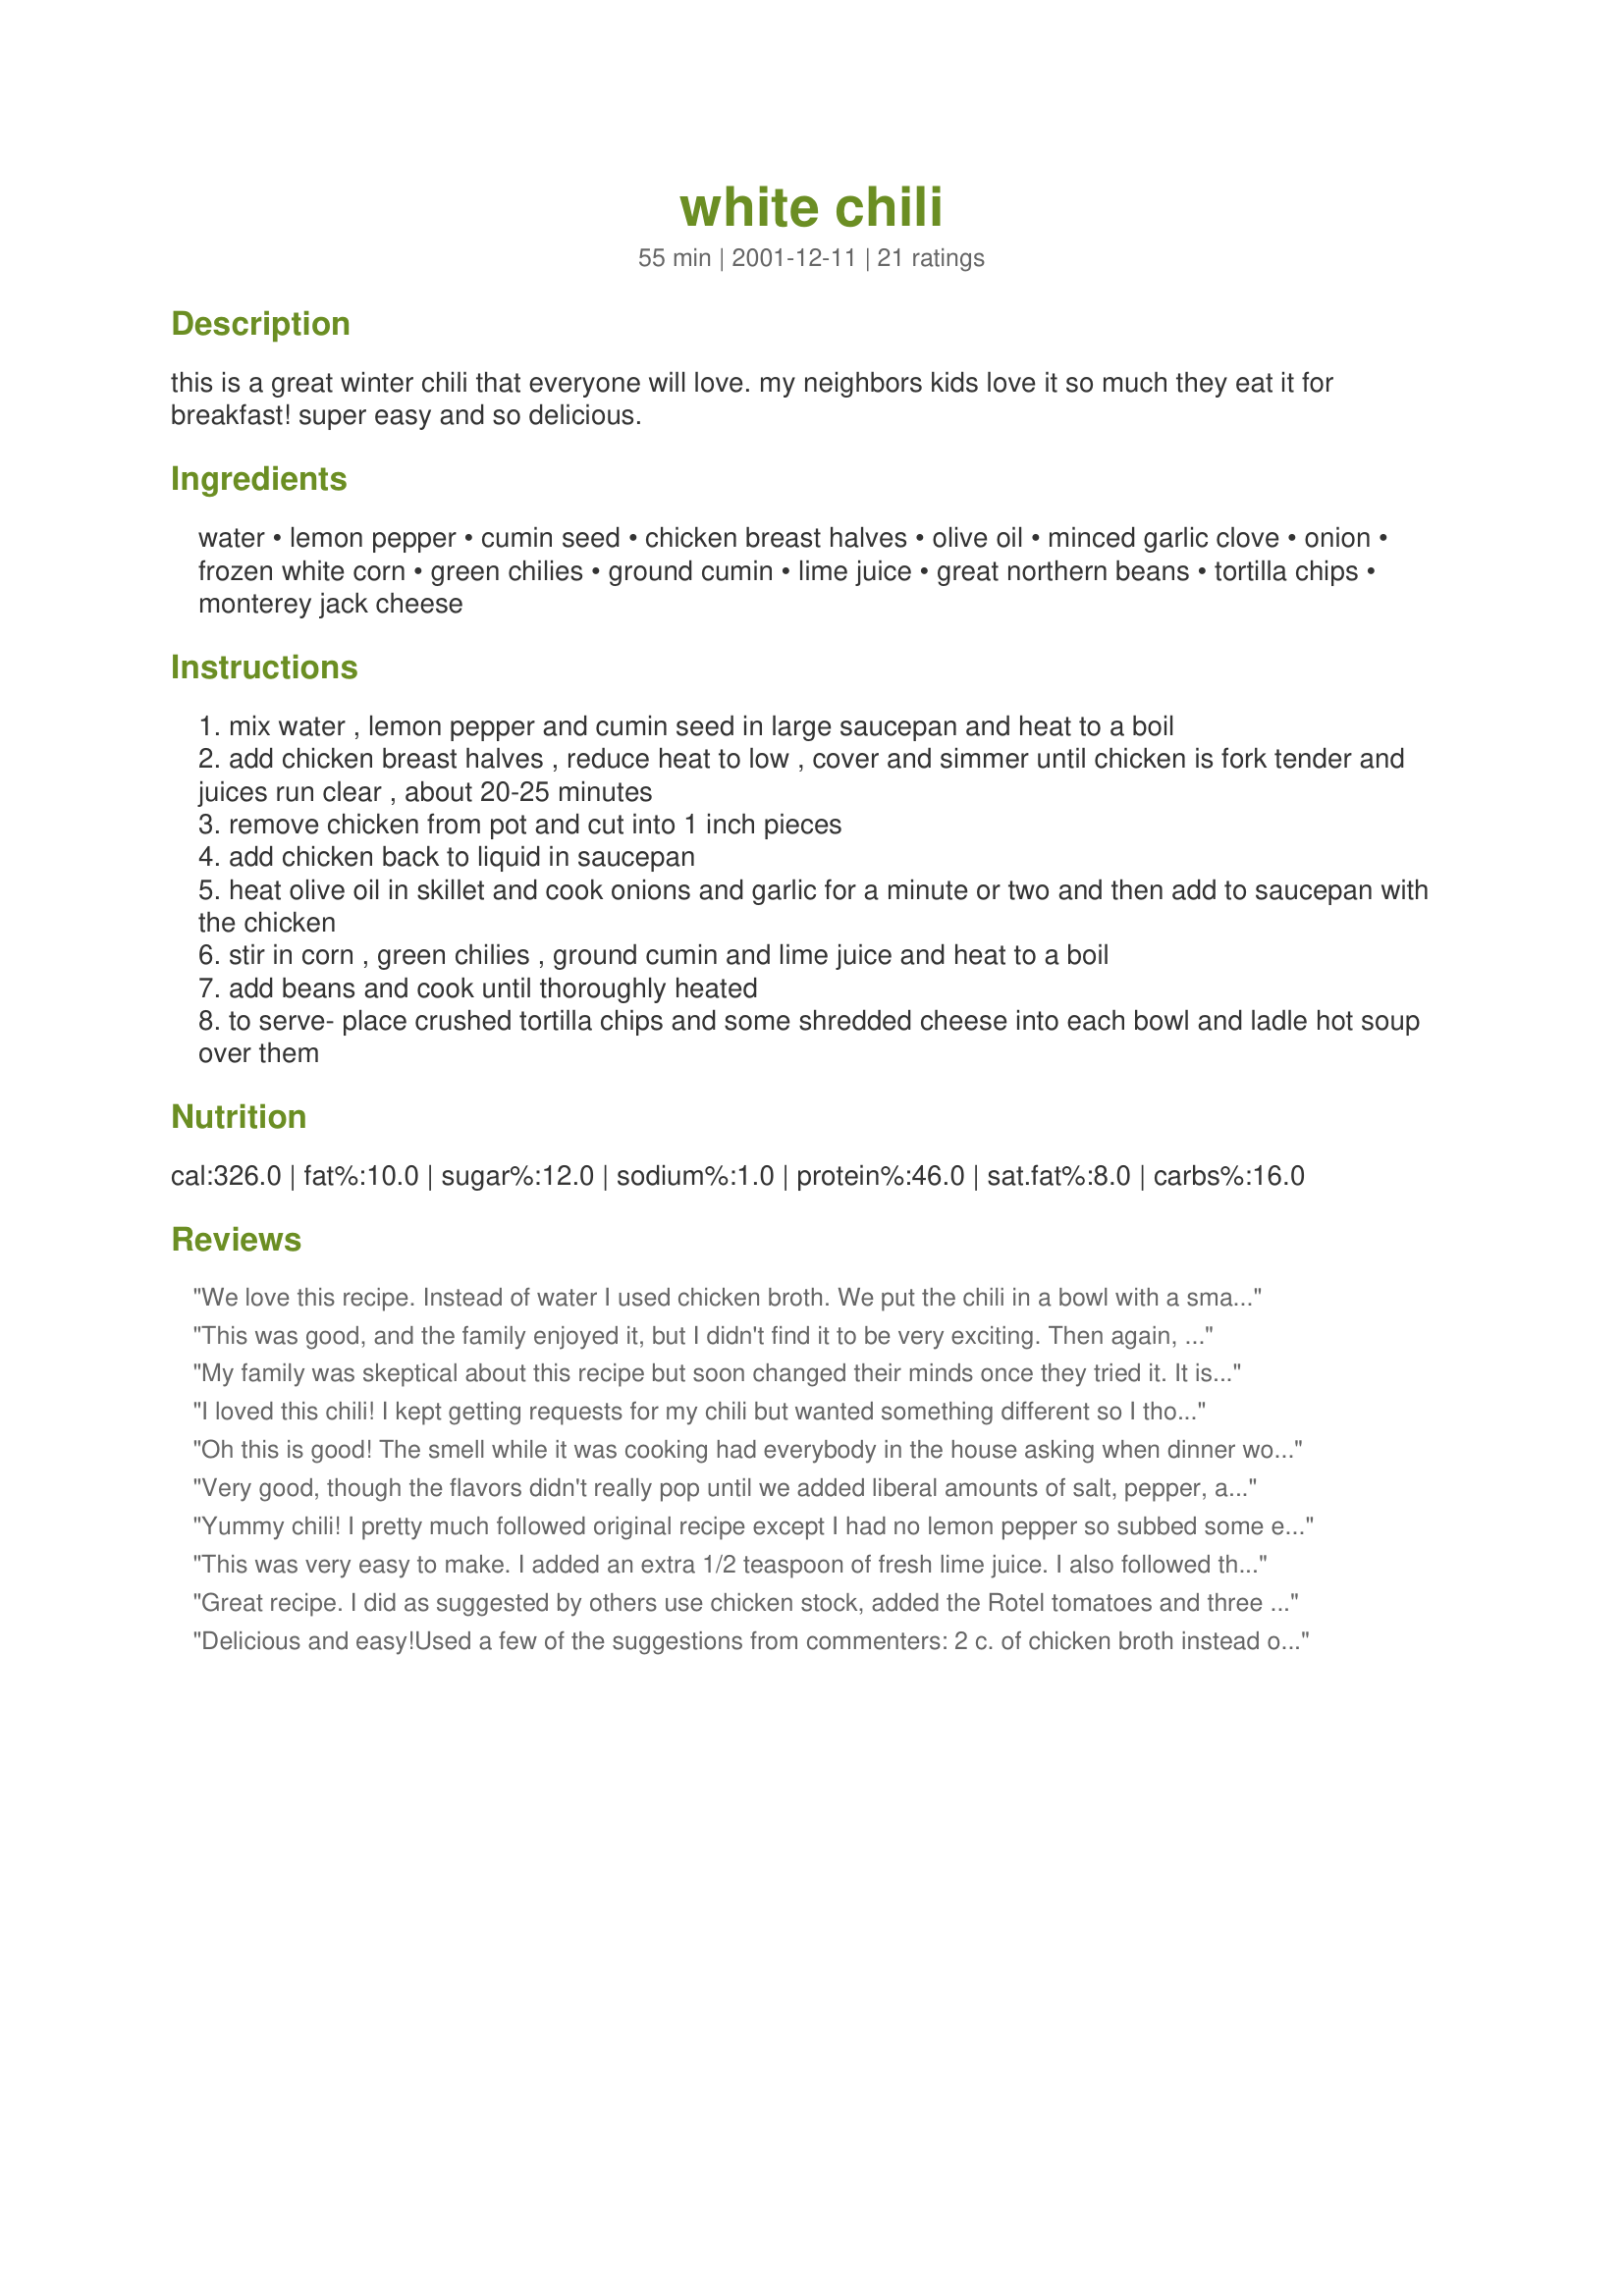
white chili
Preparation time: 55 minutes

this is a great winter chili that everyone will love. my neighbors kids love it so much they eat it for breakfast! super easy and so delicious.

Ingredients:
water, lemon pepper, cumin seed, chicken breast halves, olive oil, minced garlic clove, onion, frozen white corn, green chilies, ground cumin, lime juice, great northern beans, tortilla chips, monterey jack cheese

Steps:
mix water , lemon pepper and cumin seed in large saucepan and heat to a boil
add chicken breast halves , reduce heat to low , cover and simmer until chicken is fork tender and juices run clear , about 20-25 minutes
remove chicken from pot and cut into 1 inch pieces
add chicken back to liquid in saucepan
heat olive oil in skillet and cook onions and garlic for a minute or two and then add to saucepan with the chicken
stir in corn , green chilies , ground cumin and lime juice and heat to a boil
add beans and cook until thoroughly heated
to serve- place crushed tortilla chips and some shredded cheese into each bowl and ladle hot soup over them

Reviews:
We love this recipe. Instead of water I used chicken broth. We put the chili in a bowl with a small flour tortilla at the bottom. We had sour cream, cheese, black olives, fresh cilantro, and tortilla chips to add. The flavor was amazing. Not a big fan of corn so we left it out. Family has asked for it again and again.
This was good, and the family enjoyed it, but I didn't find it to be very exciting. Then again, I substituted a few ingredients. Frozen white corn and cumin seeds are two ingredients I've never seen in a grocery store.
My family was skeptical about this recipe but soon changed their minds once they tried it. It is certainly a keeper.
I loved this chili! I kept getting requests for my chili but wanted something different so I thought I'd try this recipe and it was terrific! As others, I substituted chicken broth for the water and added a little more lime juice (not on purpose -lol) but it was great! I also served it with cilantro, crushed tortilla chips, and sour cream. I can't wait to eat the leftovers! Thanks!
Oh this is good! The smell while it was cooking had everybody in the house asking when dinner would be ready. I used chicken broth instead of water and Navy beans in place of great northerns since that's what my grocery store had. I think next time I'll try Pepper Jack cheese for a little extra heat. This is going to become a regular meal around here.
Very good, though the flavors didn't really pop until we added liberal amounts of salt, pepper, and fresh-squeezed lemon juice at the table. I used dried beans and fresh corn and anaheim and jalapeno peppers rather than canned or frozen. Served with jack cheese, tortilla chips, and avocado slices.
Yummy chili! I pretty much followed original recipe except I had no lemon pepper so subbed some e-meril's southwest seasoning and some Sazon Goya seasoning. I used 2 cups of corn total; it was just right.
Thanks!
This was very easy to make. I added an extra 1/2 teaspoon of fresh lime juice. I also followed the advice of others and used chicken broth. I used tortilla chips, cheese, fresh cilantro and sour cream as toppings. My family loved this and it was even better the next day!
Great recipe. I did as suggested by others use chicken stock, added the Rotel tomatoes and three cans of the chilies. I added to the suggested white beans a can of black beans and one can red beans. I diced the chicken in small cubes as well. We used jalapeno jack, black olives and chopped cilantro as garnish with the crushed tortilla chips. The flavor is wonderful but the cilantro gives that extra pop. This is a definate keeper.
Delicious and easy!<br/><br/>Used a few of the suggestions from commenters: 2 c. of chicken broth instead of water, about 5 oz. of chilis and a can of mild Rotel. Otherwise, stuck to the recipe.
I thought this recipe had way, way too much corn in it. But I like the tortilla chips at the bottom. It was not at all difficult to make. In fact, I'd make it again but cut the corn in half.
This is the best chili ever.
I doubled the recipe and used chicken broth instead of water.
I took the others advise and used
one less cup of liquid. I used 4 7 oz cans of ortega chilis and only
9 oz of the white corn. I did not double the chicken either. I put the tortilla chips at the bottom and sprinkled chopped cilantro and peper jack cheese on top. My family wants it again asap!
VERY Yummy... very close to what we call Chicken Tortilla Soup, I think we should have let the water evaporate a little more, but the chips and cheese helped thicken it up... next time we might sub out the green chilies for a can of Rotel just because we are big tomato fans, but really, it was GREAT as-is! Even the kiddos liked it.
Fixed this when we had friends over for dinner and everyone gave it rave reviews. I only put in 1 1/2 cups of corn and left everything else the same. I will be fixing this one again! Thanks for a great recipe.
I made this New Years day for my family. We all really enjoyed it. We even had it the next day chips and cheese style. I tripled the recipe so that we would have left overs to freeze for a later time. I would definatly make this one again. It was a winner in my opinion!! Thank you.
This white chili is wonderful! My variations were: I added Sazon Goya seasoning, and I didn't have lemon pepper seasoning so I used garlic pepper seasoning, and I added a cube of dried cilantro to the boiling water.
Recipe is great "as-is" for most folks, but I like it hot. I added fresh roasted peppers (Poblano, New Mexico and Mirasol) to the mix instead of the canned chiles, and omitted the corn. We ate it with wheat crackers instead of corn chips, and I should have fixed more!
This is so very good and super simple to make! I'm so happy to have this one to add to my line-up of winter warmers! Thanks. :)
I thought this recipe was amazing. My boyfriend had just gone to a chili cook-off the day before and he still thought this was great. The only thing I will do differently next time (and this has nothing to do with the recipe) is to be sure to chop the chicken up smaller.
I am by no means a great cook and I was still able to make this recipe and have it taste great. Thanks!
I thought this recipe had a great base, but I like my chili a little thicker. I added one can of cream of chicken soup, and one can of cream of mushroom soup & thought it tasted great.
I had read recipes for White Chili but they just never appealed. Who could improve on the real beefy deal? But I am now eating a lot of chicken in search of a reduced cholesterol.

This recipe is flavorful, perfect for this first, slightly nippy day this fall. Serving it on top of (baked) tortilla chips with even just a very modest amount of monterrey jack cheese was tasty and satisfying. (The recipe as written is 7 gms of fat per serving.)

This will be made again and again. I thought what amounts to 2 tsp of cumin might be too much of a good thing. Delicious, multi-layered flavoring. I just used one can of white corn and it was all just great.
